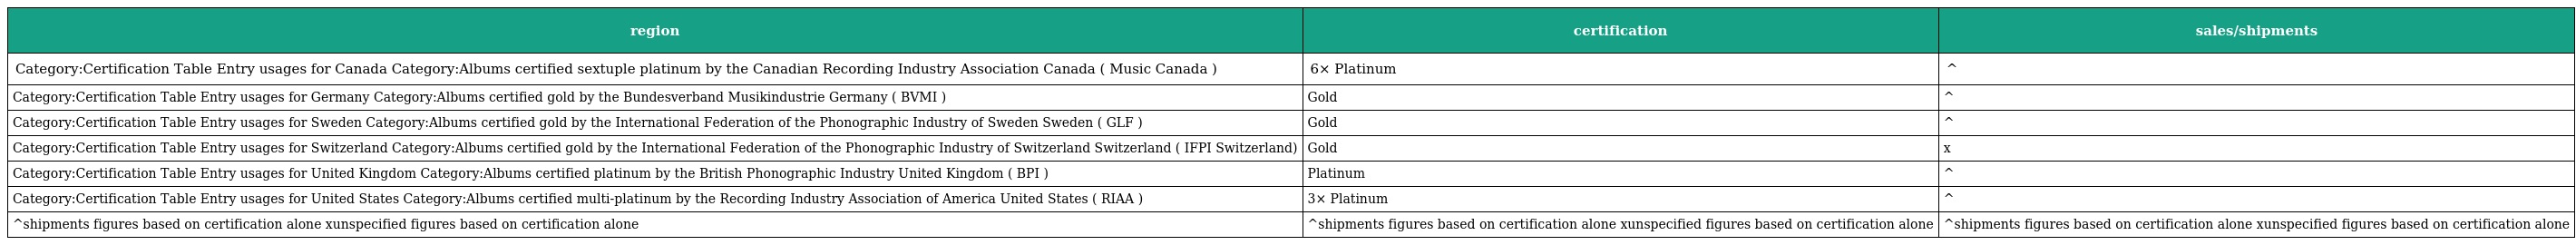
| region | certification | sales/shipments |
 | --- | --- | --- |
 | Category:Certification Table Entry usages for Canada Category:Albums certified sextuple platinum by the Canadian Recording Industry Association Canada ( Music Canada ) | 6× Platinum | ^ |
 | Category:Certification Table Entry usages for Germany Category:Albums certified gold by the Bundesverband Musikindustrie Germany ( BVMI ) | Gold | ^ |
 | Category:Certification Table Entry usages for Sweden Category:Albums certified gold by the International Federation of the Phonographic Industry of Sweden Sweden ( GLF ) | Gold | ^ |
 | Category:Certification Table Entry usages for Switzerland Category:Albums certified gold by the International Federation of the Phonographic Industry of Switzerland Switzerland ( IFPI Switzerland) | Gold | x |
 | Category:Certification Table Entry usages for United Kingdom Category:Albums certified platinum by the British Phonographic Industry United Kingdom ( BPI ) | Platinum | ^ |
 | Category:Certification Table Entry usages for United States Category:Albums certified multi-platinum by the Recording Industry Association of America United States ( RIAA ) | 3× Platinum | ^ |
 | ^shipments figures based on certification alone xunspecified figures based on certification alone | ^shipments figures based on certification alone xunspecified figures based on certification alone | ^shipments figures based on certification alone xunspecified figures based on certification alone |